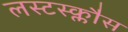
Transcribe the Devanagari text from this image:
लस्टस्क्लौस